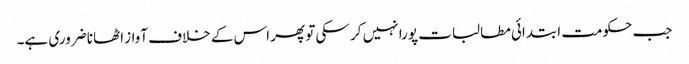
جب حکومت ابتدائی مطالبات پورا نہیں کر سکی تو پھر اس کے خلاف آواز اٹھانا ضروری ہے۔